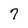
Character: 7